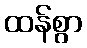
ထန်စွာ